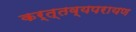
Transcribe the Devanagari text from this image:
कर्त्तव्यपरायण